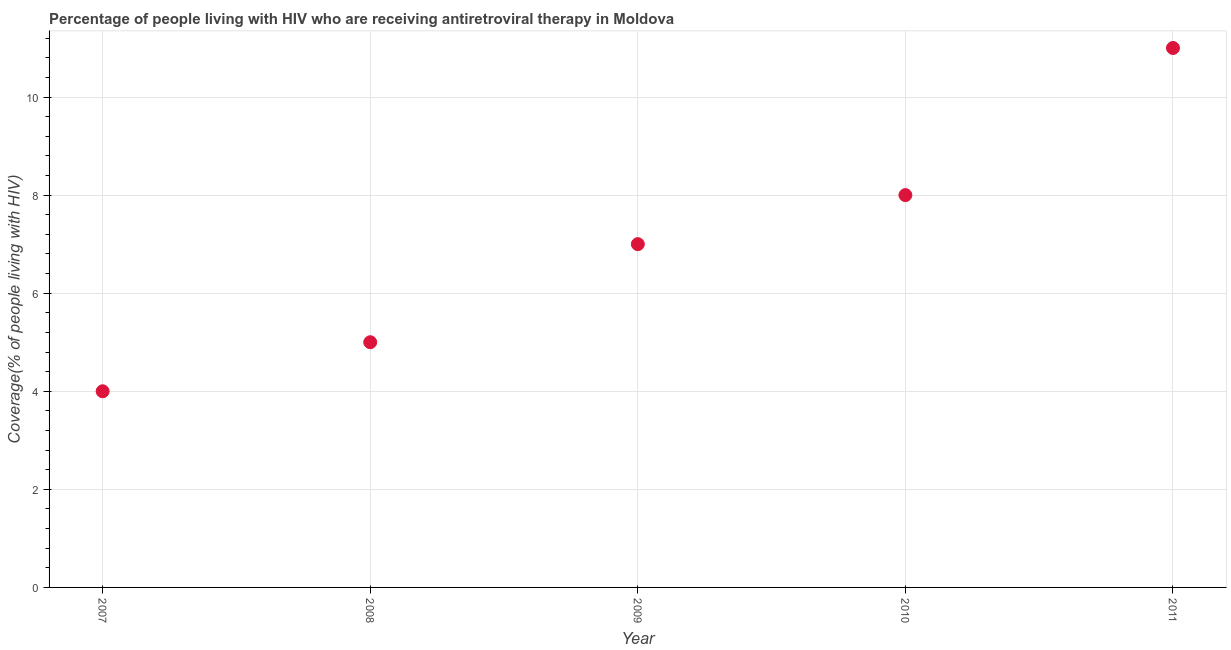
| Year | Antiretroviral therapy coverage |
 | --- | --- |
 | 2007 | 4 |
 | 2008 | 5 |
 | 2009 | 7 |
 | 2010 | 8 |
 | 2011 | 11 |